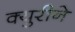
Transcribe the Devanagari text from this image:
क्युरीने